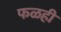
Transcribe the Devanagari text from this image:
फळही